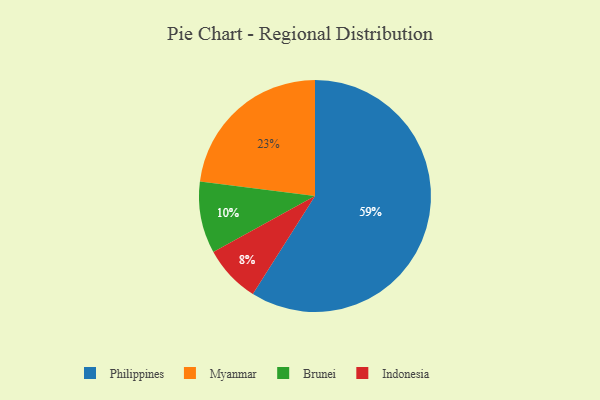
{"axis": {"x": "Category", "y": "Percentage"}, "legend": ["Brunei", "Indonesia", "Myanmar", "Philippines"], "data": [{"x": "Brunei", "y": 10, "type": "Brunei"}, {"x": "Philippines", "y": 59, "type": "Philippines"}, {"x": "Myanmar", "y": 23, "type": "Myanmar"}, {"x": "Indonesia", "y": 8, "type": "Indonesia"}]}